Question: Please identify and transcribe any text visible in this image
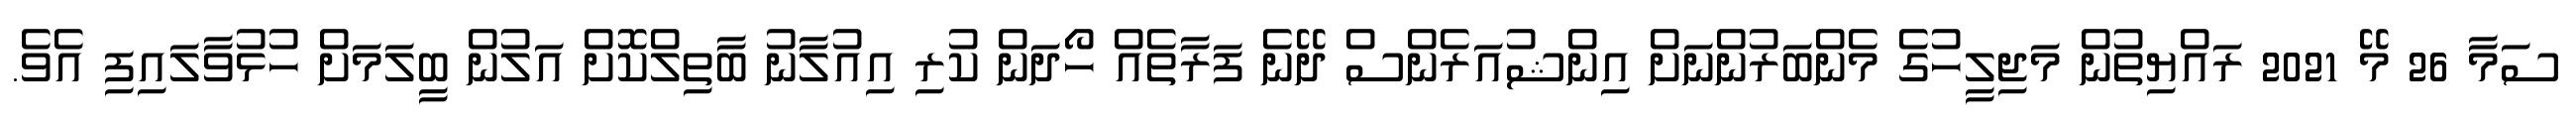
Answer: ސަމާ 26 މޭ 2021 ރައްޔިތުން މަޖިލީހުގެ މެންބަރުންނަށް އިންޝުއަރެންސް ދޭނެ ފަރާތެއް ހޯދަން ކުރި އިއުލާނު ބާތިލްކޮށް އަލުން ބީލަމަށް ހުޅުވާލައިފި އެވެ.